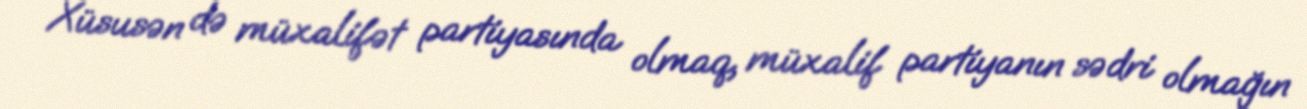
Xüsusən də müxalifət partiyasında olmaq, müxalif partiyanın sədri olmağın